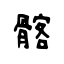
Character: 髂